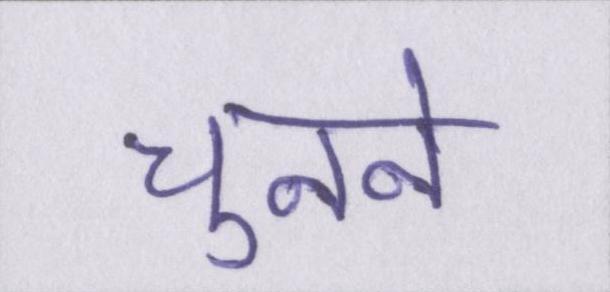
चुनने